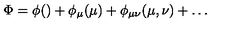
\Phi = \phi ( ) + \phi _ { \mu } ( \mu ) + \phi _ { \mu \nu } ( \mu , \nu ) + \ldots